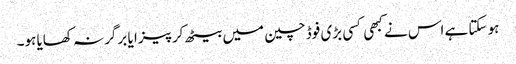
ہو سکتا ہے اس نے کبھی کسی بڑی فوڈ چین میں بیٹھ کر پیزا یا برگر نہ کھایا ہو۔